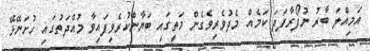
އަމިއްލަ ބާރު ނުފޯރާފަދަ ކަމެއް މެދުވެރިވެގެން މަތީގައި ބަޔާންކުރެވިފައިވާ މުއްދަތުގައި ހުށަނޭޅޭ